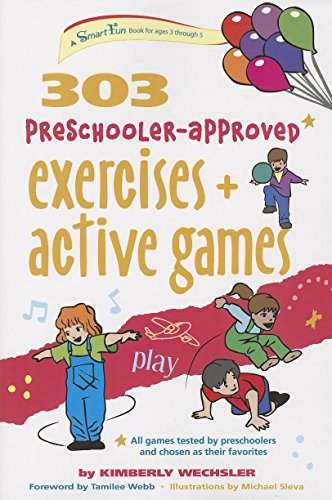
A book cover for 303 Preschooler-Approved Exercises and Active Games (SmartFun Activity Books); Kimberly Wechsler; Health, Fitness & Dieting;